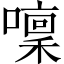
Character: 𡀫